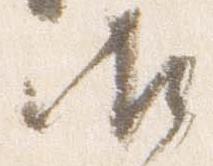
御